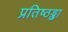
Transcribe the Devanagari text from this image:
प्रतिष्ठड्ढा